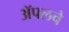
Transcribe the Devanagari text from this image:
ॲपलचे